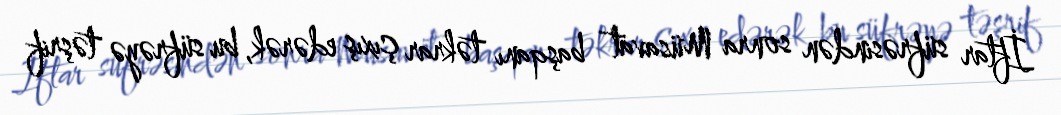
İftar süfrəsindən sonra Müsavat başqanı təkrar çıxış edərək, bu süfrəyə təşrif